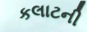
કલાટની